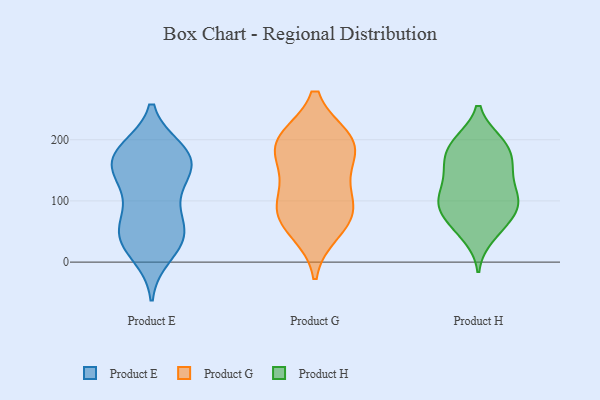
{"axis": {"x": "Bounce Rate (%)", "y": "Value"}, "legend": ["Product E", "Product G", "Product H"], "data": [{"x": "", "y": 52, "type": "Product E"}, {"x": "", "y": 127, "type": "Product E"}, {"x": "", "y": 183, "type": "Product E"}, {"x": "", "y": 137, "type": "Product E"}, {"x": "", "y": 34, "type": "Product E"}, {"x": "", "y": 152, "type": "Product E"}, {"x": "", "y": 169, "type": "Product E"}, {"x": "", "y": 62, "type": "Product E"}, {"x": "", "y": 64, "type": "Product E"}, {"x": "", "y": 174, "type": "Product E"}, {"x": "", "y": 101, "type": "Product E"}, {"x": "", "y": 12, "type": "Product E"}, {"x": "", "y": 38, "type": "Product E"}, {"x": "", "y": 161, "type": "Product E"}, {"x": "", "y": 33, "type": "Product E"}, {"x": "", "y": 175, "type": "Product E"}, {"x": "", "y": 179, "type": "Product E"}, {"x": "", "y": 76, "type": "Product G"}, {"x": "", "y": 119, "type": "Product G"}, {"x": "", "y": 191, "type": "Product G"}, {"x": "", "y": 51, "type": "Product G"}, {"x": "", "y": 196, "type": "Product G"}, {"x": "", "y": 86, "type": "Product G"}, {"x": "", "y": 195, "type": "Product G"}, {"x": "", "y": 152, "type": "Product G"}, {"x": "", "y": 200, "type": "Product G"}, {"x": "", "y": 80, "type": "Product G"}, {"x": "", "y": 158, "type": "Product H"}, {"x": "", "y": 107, "type": "Product H"}, {"x": "", "y": 148, "type": "Product H"}, {"x": "", "y": 197, "type": "Product H"}, {"x": "", "y": 54, "type": "Product H"}, {"x": "", "y": 146, "type": "Product H"}, {"x": "", "y": 157, "type": "Product H"}, {"x": "", "y": 65, "type": "Product H"}, {"x": "", "y": 90, "type": "Product H"}, {"x": "", "y": 197, "type": "Product H"}, {"x": "", "y": 98, "type": "Product H"}, {"x": "", "y": 102, "type": "Product H"}, {"x": "", "y": 187, "type": "Product H"}, {"x": "", "y": 90, "type": "Product H"}, {"x": "", "y": 42, "type": "Product H"}, {"x": "", "y": 71, "type": "Product H"}, {"x": "", "y": 119, "type": "Product H"}, {"x": "", "y": 102, "type": "Product H"}, {"x": "", "y": 172, "type": "Product H"}, {"x": "", "y": 197, "type": "Product H"}]}